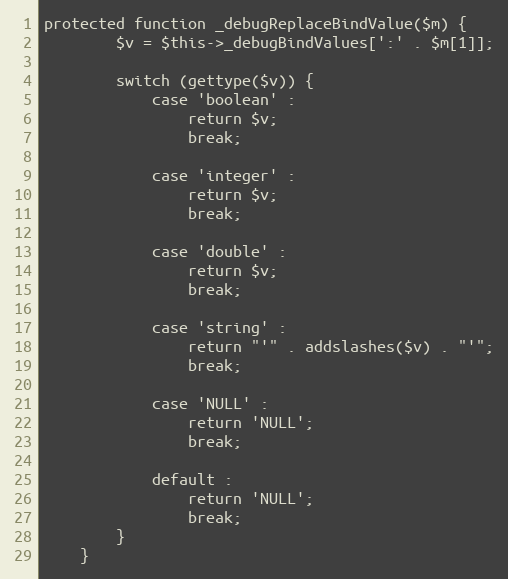
Language: PHP
protected function _debugReplaceBindValue($m) {
        $v = $this->_debugBindValues[':' . $m[1]];

        switch (gettype($v)) {
            case 'boolean' :
                return $v;
                break;

            case 'integer' :
                return $v;
                break;

            case 'double' :
                return $v;
                break;

            case 'string' :
                return "'" . addslashes($v) . "'";
                break;

            case 'NULL' :
                return 'NULL';
                break;

            default :
                return 'NULL';
                break;
        }
    }